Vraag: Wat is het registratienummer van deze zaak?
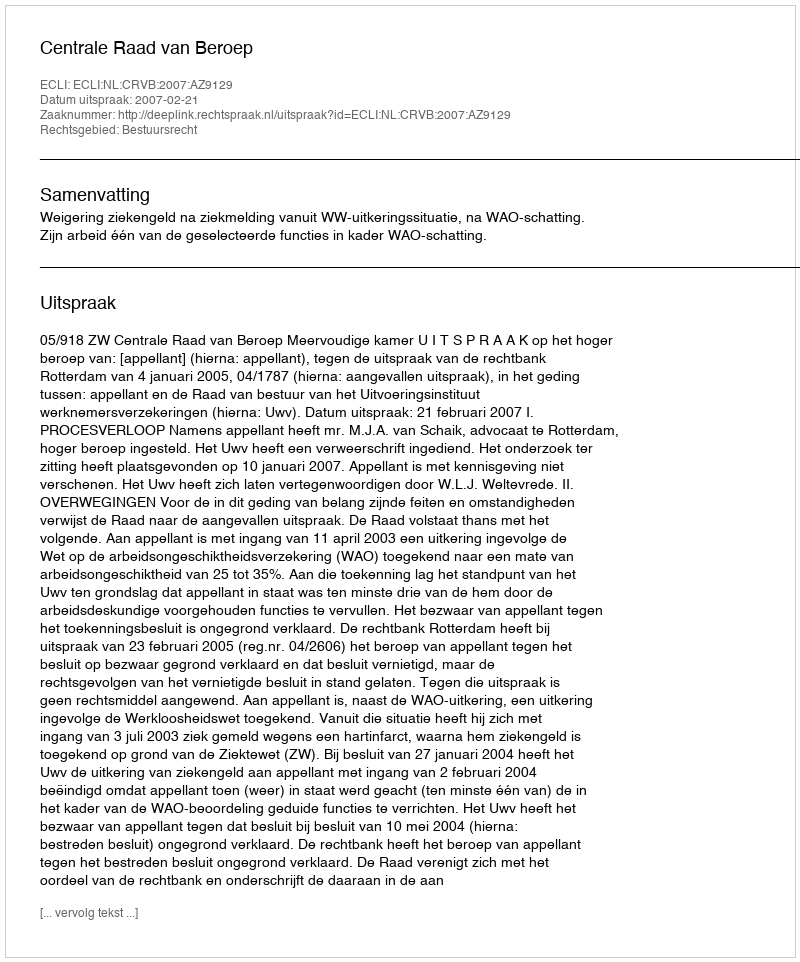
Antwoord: http://deeplink.rechtspraak.nl/uitspraak?id=ECLI:NL:CRVB:2007:AZ9129